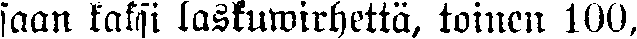
saan kaksi laskuwirhettä, toinen 100,